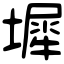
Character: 墀